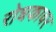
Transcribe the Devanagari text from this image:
रोधकावर